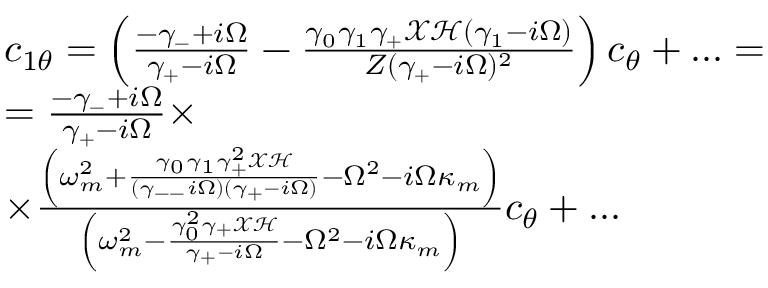
\begin{array} { r l } & { c _ { 1 \theta } = \left( \frac { - \gamma _ { - } + i \Omega } { \gamma _ { + } - i \Omega } - \frac { \gamma _ { 0 } \gamma _ { 1 } \gamma _ { + } \mathcal { X } \mathcal { H } ( \gamma _ { 1 } - i \Omega ) } { Z ( \gamma _ { + } - i \Omega ) ^ { 2 } } \right) c _ { \theta } + . . . = } \\ & { = \frac { - \gamma _ { - } + i \Omega } { \gamma _ { + } - i \Omega } \times } \\ & { \times \frac { \left( \omega _ { m } ^ { 2 } + \frac { \gamma _ { 0 } \gamma _ { 1 } \gamma _ { + } ^ { 2 } \mathcal { X } \mathcal { H } } { ( \gamma _ { -- } i \Omega ) ( \gamma _ { + } - i \Omega ) } - \Omega ^ { 2 } - i \Omega \kappa _ { m } \right) } { \left( \omega _ { m } ^ { 2 } - \frac { \gamma _ { 0 } ^ { 2 } \gamma _ { + } \mathcal { X } \mathcal { H } } { \gamma _ { + } - i \Omega } - \Omega ^ { 2 } - i \Omega \kappa _ { m } \right) } c _ { \theta } + . . . } \end{array}